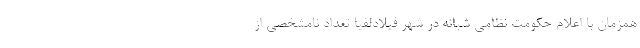
همزمان با اعلام حکومت نظامی شبانه در شهر فیلادلفیا تعداد نامشخصی از